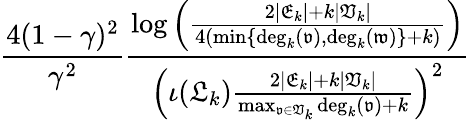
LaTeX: \frac{4(1-\gamma)^{2}}{\gamma^{2}}\frac{\log\left(\frac{2|\mathfrak{E}_{k}|+k|\mathfrak{V}_{k}|}{4(\operatorname*{min}\{ \mathrm{deg}_{k}(\mathfrak{v}),\mathrm{deg}_{k}(\mathfrak{w})\} +k)}\right)}{\left(\iota(\mathfrak{L}_{k})\frac{2|\mathfrak{E}_{k}|+k|\mathfrak{V}_{k}|}{\operatorname*{max}_{\mathfrak{v}\in\mathfrak{V}_{k}}\mathrm{deg}_{k}(\mathfrak{v})+k}\right)^{2}}